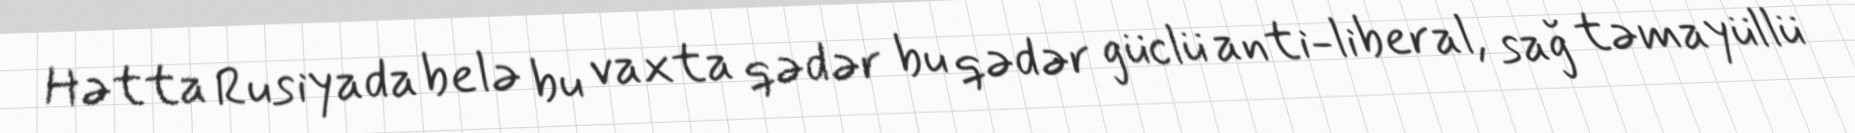
Hətta Rusiyada belə bu vaxta qədər bu qədər güclü anti-liberal, sağ təmayüllü